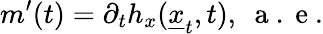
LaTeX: m^{\prime}(t)=\partial_{t}h_{x}(\underline{{x}}_{t},t),\ \mathrm{~a~.~e~}.